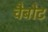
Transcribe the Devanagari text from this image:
चैबोट